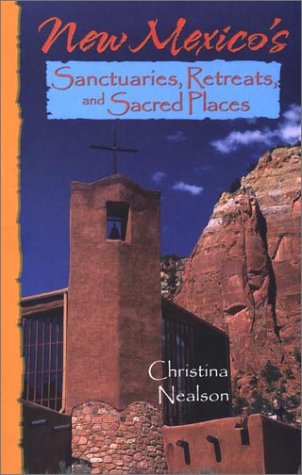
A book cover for New Mexico's Sanctuaries, Retreats, and Sacred Places; Christina Nealson; Travel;